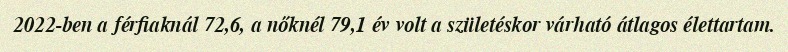
2022-ben a férfiaknál 72,6, a nőknél 79,1 év volt a születéskor várható átlagos élettartam.